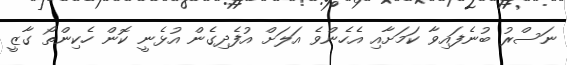
ނަސްރު ބުނެފައިވާ ކަމަށާއި އެހެންވެ އަލަށް އުފެދިގެން އުޅެނީ ކޮން ހެކިންތޯ ގާޒީ